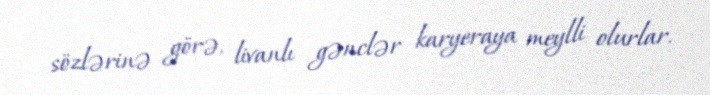
sözlərinə görə, livanlı gənclər karyeraya meylli olurlar.